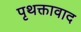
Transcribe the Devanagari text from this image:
पृथक्तावाद